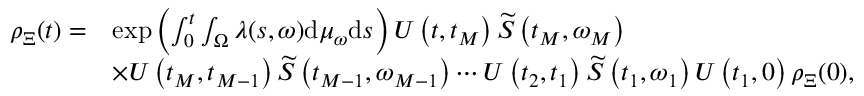
\begin{array} { r l } { { \rho } _ { \Xi } ( t ) = } & { \exp \left( \int _ { 0 } ^ { t } \int _ { \Omega } \lambda ( s , \omega ) \mathrm { d } \mu _ { \omega } \mathrm { d } s \right) U \left( t , t _ { M } \right) \widetilde { S } \left( t _ { M } , \omega _ { M } \right) } \\ & { \times U \left( t _ { M } , t _ { M - 1 } \right) \widetilde { S } \left( t _ { M - 1 } , \omega _ { M - 1 } \right) \cdots U \left( t _ { 2 } , t _ { 1 } \right) \widetilde { S } \left( t _ { 1 } , \omega _ { 1 } \right) U \left( t _ { 1 } , 0 \right) { \rho } _ { \Xi } ( 0 ) , } \end{array}